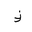
Letter: _zay